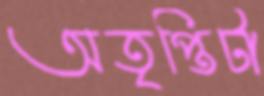
অতৃপ্তিটা